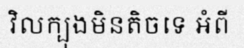
វិលក្បុងមិនតិចទេ អំពី